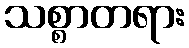
သစ္စာတရား